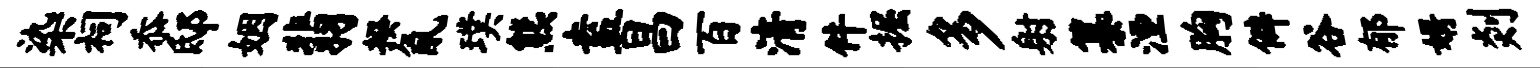
染祠忝邸姻翡揆氤璞熊盍昌百清件掘多射纂湮胸僻谷郁婿剡